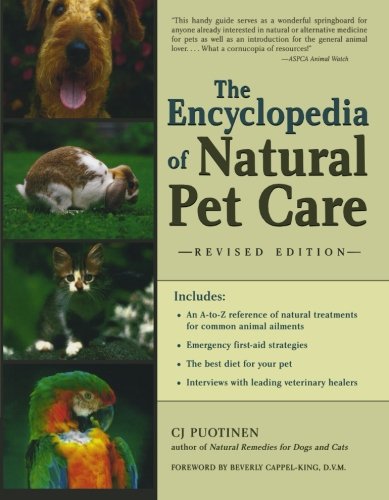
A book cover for The Encyclopedia of Natural Pet Care; C.J. Puotinen; Reference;